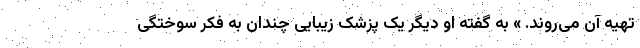
تهیه آن می‌روند. » به گفته او دیگر یک پزشک زیبایی چندان به فکر سوختگی